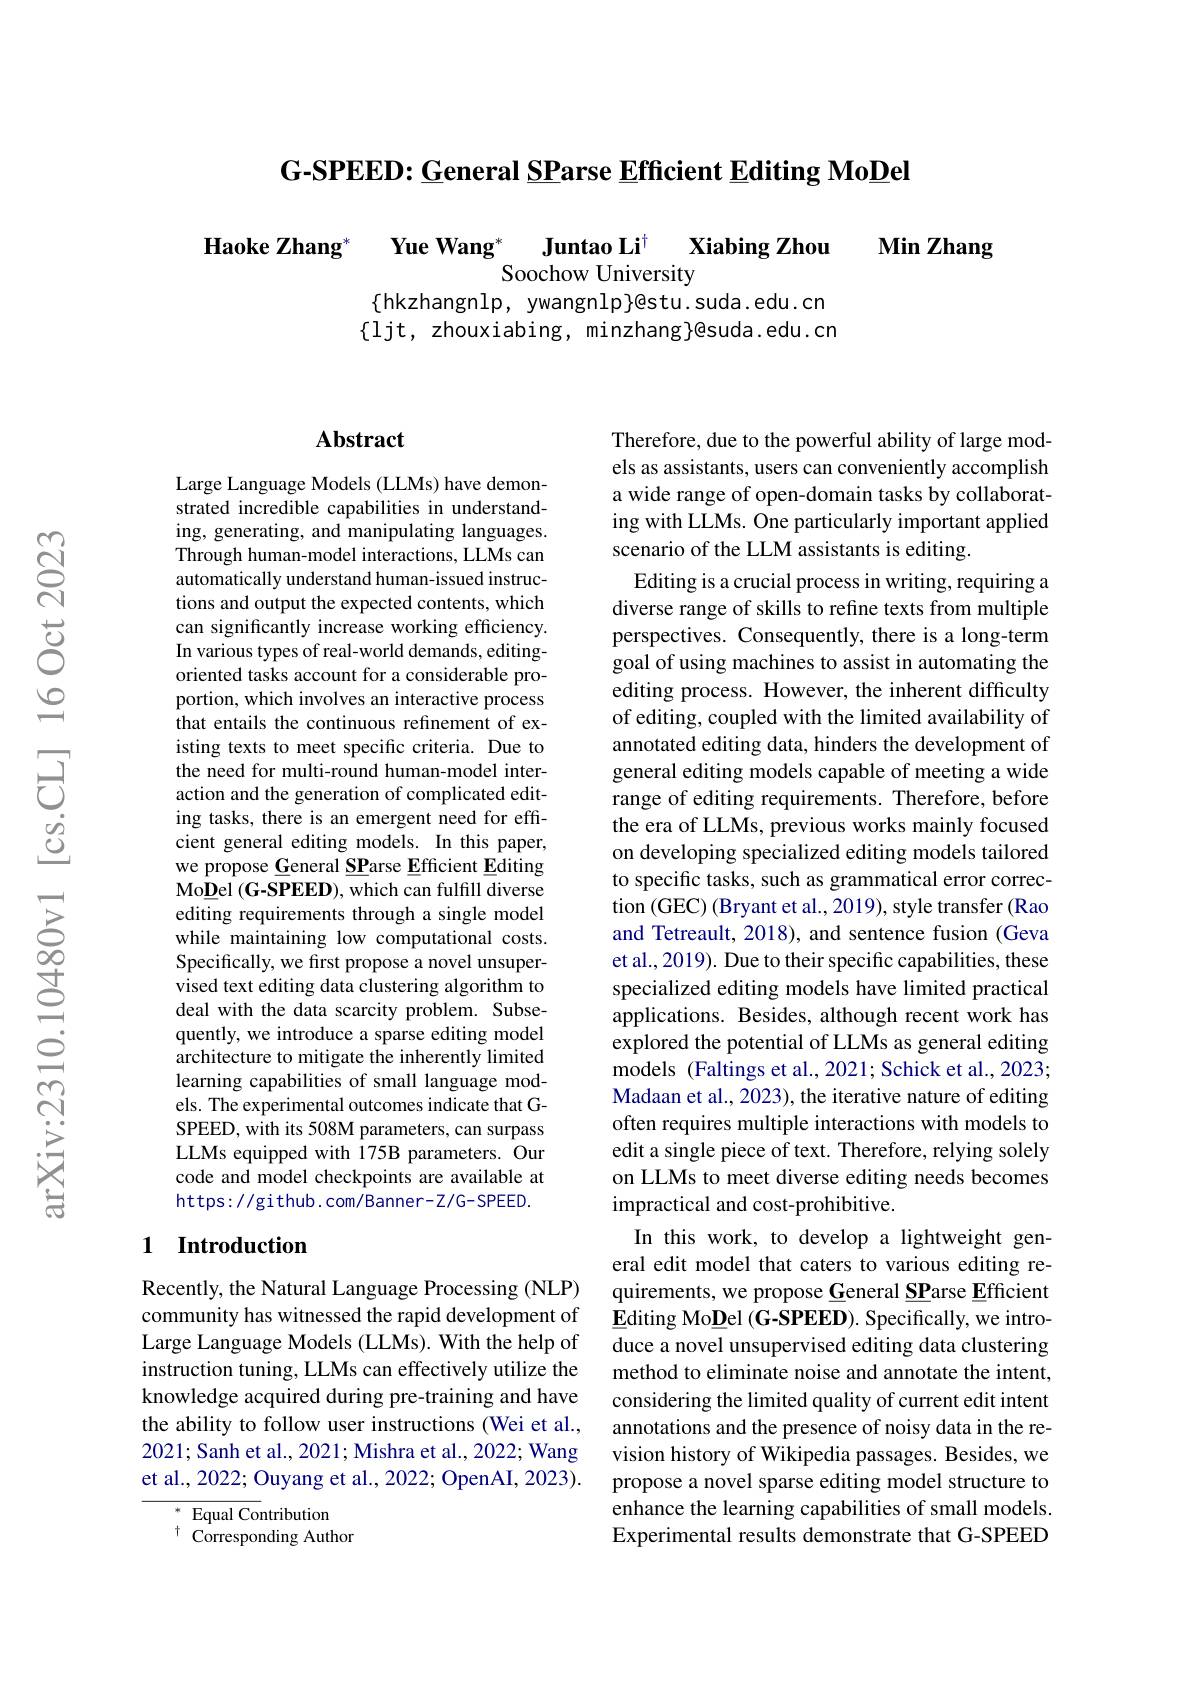
G-SPEED: General SParse Efficient Editing MoDel

Haoke Zhang* Yue Wang*
Juntao Li$^{\dagger }$ Xiabing Zhou
Soochow University
$\{$hkzhangnlp, ywangnlp}@stu.suda.edu.cn $\{1$jt, zhouxiabing, minzhang$\}$@suda.edu.cn

Min Zhang

## $\mathbf{Abstract}$

Large Language Models (LLMs) have demonstrated incredible capabilities in understanding, generating, and manipulating languages. Through human-model interactions, LLMs can automatically understand human-issued instructions and output the expected contents, which can significantly increase working efficiency. In various types of real-world demands, editingoriented tasks account for a considerable proportion, which involves an interactive process that entails the continuous refinement of existing texts to meet specific criteria. Due to the need for multi-round human-model interaction and the generation of complicated editing tasks, there is an emergent need for efficient general editing models. In this paper, we propose General SParse Efficient Editing Mo$\underline{\mathbf{D}}$el (G-SPEED), which can fulfill diverse editing requirements through a single model while maintaining low computational costs. Specifically, we first propose a novel unsupervised text editing data clustering algorithm to deal with the data scarcity problem. Subsequently, we introduce a sparse editing model architecture to mitigate the inherently limited learning capabilities of small language models. The experimental outcomes indicate that GSPEED, with its 508M parameters, can surpass LLMs equipped with 175B parameters. Our code and model checkpoints are available at https://github.com/Banner-Z/G-SPEED.

## 1 Introduction

Recently, the Natural Language Processing (NLP) community has witnessed the rapid development of Large Language Models (LLMs). With the help of instruction tuning, LLMs can effectively utilize the knowledge acquired during pre-training and have the ability to follow user instructions (Wei et al., 2021; Sanh et al., 2021; Mishra et al., 2022; Wang et al., 2022; Ouyang et al., 2022; OpenAI, 2023).

$^*$ Equal Contribution
$^{+}{\mathrm{Corresponding~Author}}$

Therefore, due to the powerful ability of large models as assistants, users can conveniently accomplish a wide range of open-domain tasks by collaborating with LLMs. One particularly important applied scenario of the LLM assistants is editing.
Editing is a crucial process in writing, requiring a diverse range of skills to refine texts from multiple perspectives. Consequently, there is a long-term goal of using machines to assist in automating the editing process. However, the inherent difficulty of editing, coupled with the limited availability of annotated editing data, hinders the development of general editing models capable of meeting a wide range of editing requirements. Therefore, before the era of LLMs, previous works mainly focused on developing specialized editing models tailored to specific tasks, such as grammatical error correction (GEC) (Bryant et al., 2019), style transfer (Rao and Tetreault, 2018), and sentence fusion (Geva et al., 2019). Due to their specific capabilities, these specialized editing models have limited practical applications. Besides, although recent work has explored the potential of LLMs as general editing models (Faltings et al., 2021; Schick et al., 2023; Madaan et al., 2023), the iterative nature of editing often requires multiple interactions with models to edit a single piece of text. Therefore, relying solely on LLMs to meet diverse editing needs becomes impractical and cost-prohibitive.
In this work, to develop a lightweight general edit model that caters to various editing requirements, we propose General SParse Efficient $\underline{\mathbf{E}}$diting Mo$\underline{\mathbf{D}}$el (G-SPEED). Specifically, we introduce a novel unsupervised editing data clustering method to eliminate noise and annotate the intent, considering the limited quality of current edit intent annotations and the presence of noisy data in the revision history of Wikipedia passages. Besides, we propose a novel sparse editing model structure to enhance the learning capabilities of small models. Experimental results demonstrate that G-SPEED